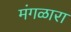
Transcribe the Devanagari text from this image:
मंगळारा